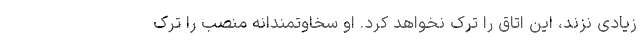
زیادی نزند، این اتاق را ترک نخواهد کرد. او سخاوتمندانه منصب را ترک